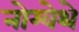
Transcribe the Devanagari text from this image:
नोम्वेथे